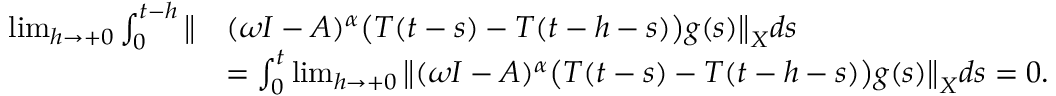
\begin{array} { r l } { \operatorname* { l i m } _ { h \to + 0 } \int _ { 0 } ^ { t - h } \big \| } & { ( \omega I - A ) ^ { \alpha } \big ( T ( t - s ) - T ( t - h - s ) \big ) g ( s ) \big \| _ { X } d s } \\ & { = \int _ { 0 } ^ { t } \operatorname* { l i m } _ { h \to + 0 } \big \| ( \omega I - A ) ^ { \alpha } \big ( T ( t - s ) - T ( t - h - s ) \big ) g ( s ) \big \| _ { X } d s = 0 . } \end{array}